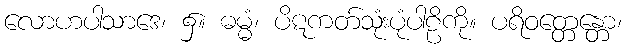
လောဟပါသာဒေ၊ ၌။ ဓမ္မံ၊ ပိဋကတ်သုံးပုံပါဠိကို။ ပရိဝတ္တေန္တော၊